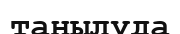
танылуда